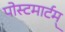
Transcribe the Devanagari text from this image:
पोस्टमार्टम्‌